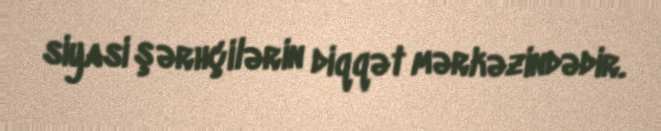
siyasi şərhçilərin diqqət mərkəzindədir.